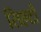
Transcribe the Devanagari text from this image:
सिएटो